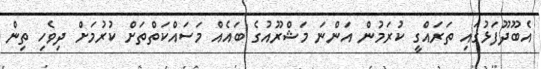
އެބޫދޫފަޅުގައި ތަރައްގީ ކުރަމުން އަންނަ މަޝްރޫއުގެ ބައެއް މަސައްކަތްތަށް ކުރުމަށް ދިވެހި ތިން